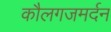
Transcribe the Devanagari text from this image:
कौलगजमर्दन